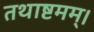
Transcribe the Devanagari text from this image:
तथाष्टमम्।